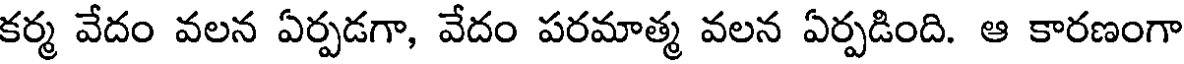
కర్మ వేదం వలన ఏర్పడగా, వేదం పరమాత్మ వలన ఏర్పడింది. ఆ కారణంగా